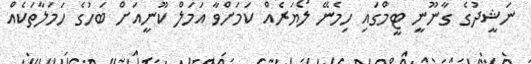
ނަޝީދުގެ ގާނޫނީ ޓީމްގައި ހިމެނޭ ލޯޔަރެއް ކަމަށްވާ އަމަލް ކޫނީއަށް ބަހުގެ ހަމަލާތަކެއް